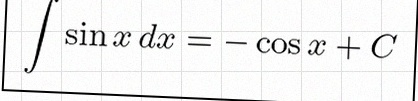
\int \sin x\,dx=-\cos x+C